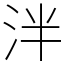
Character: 泮